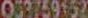
033759152